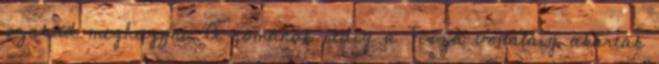
szabad meghagyni. A románok pedig a Tisza vonaláig akartak